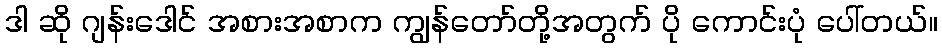
ဒါ ဆို ဂျန်းဒေါင် အစားအစာက ကျွန်တော်တို့အတွက် ပို ကောင်းပုံ ပေါ်တယ်။